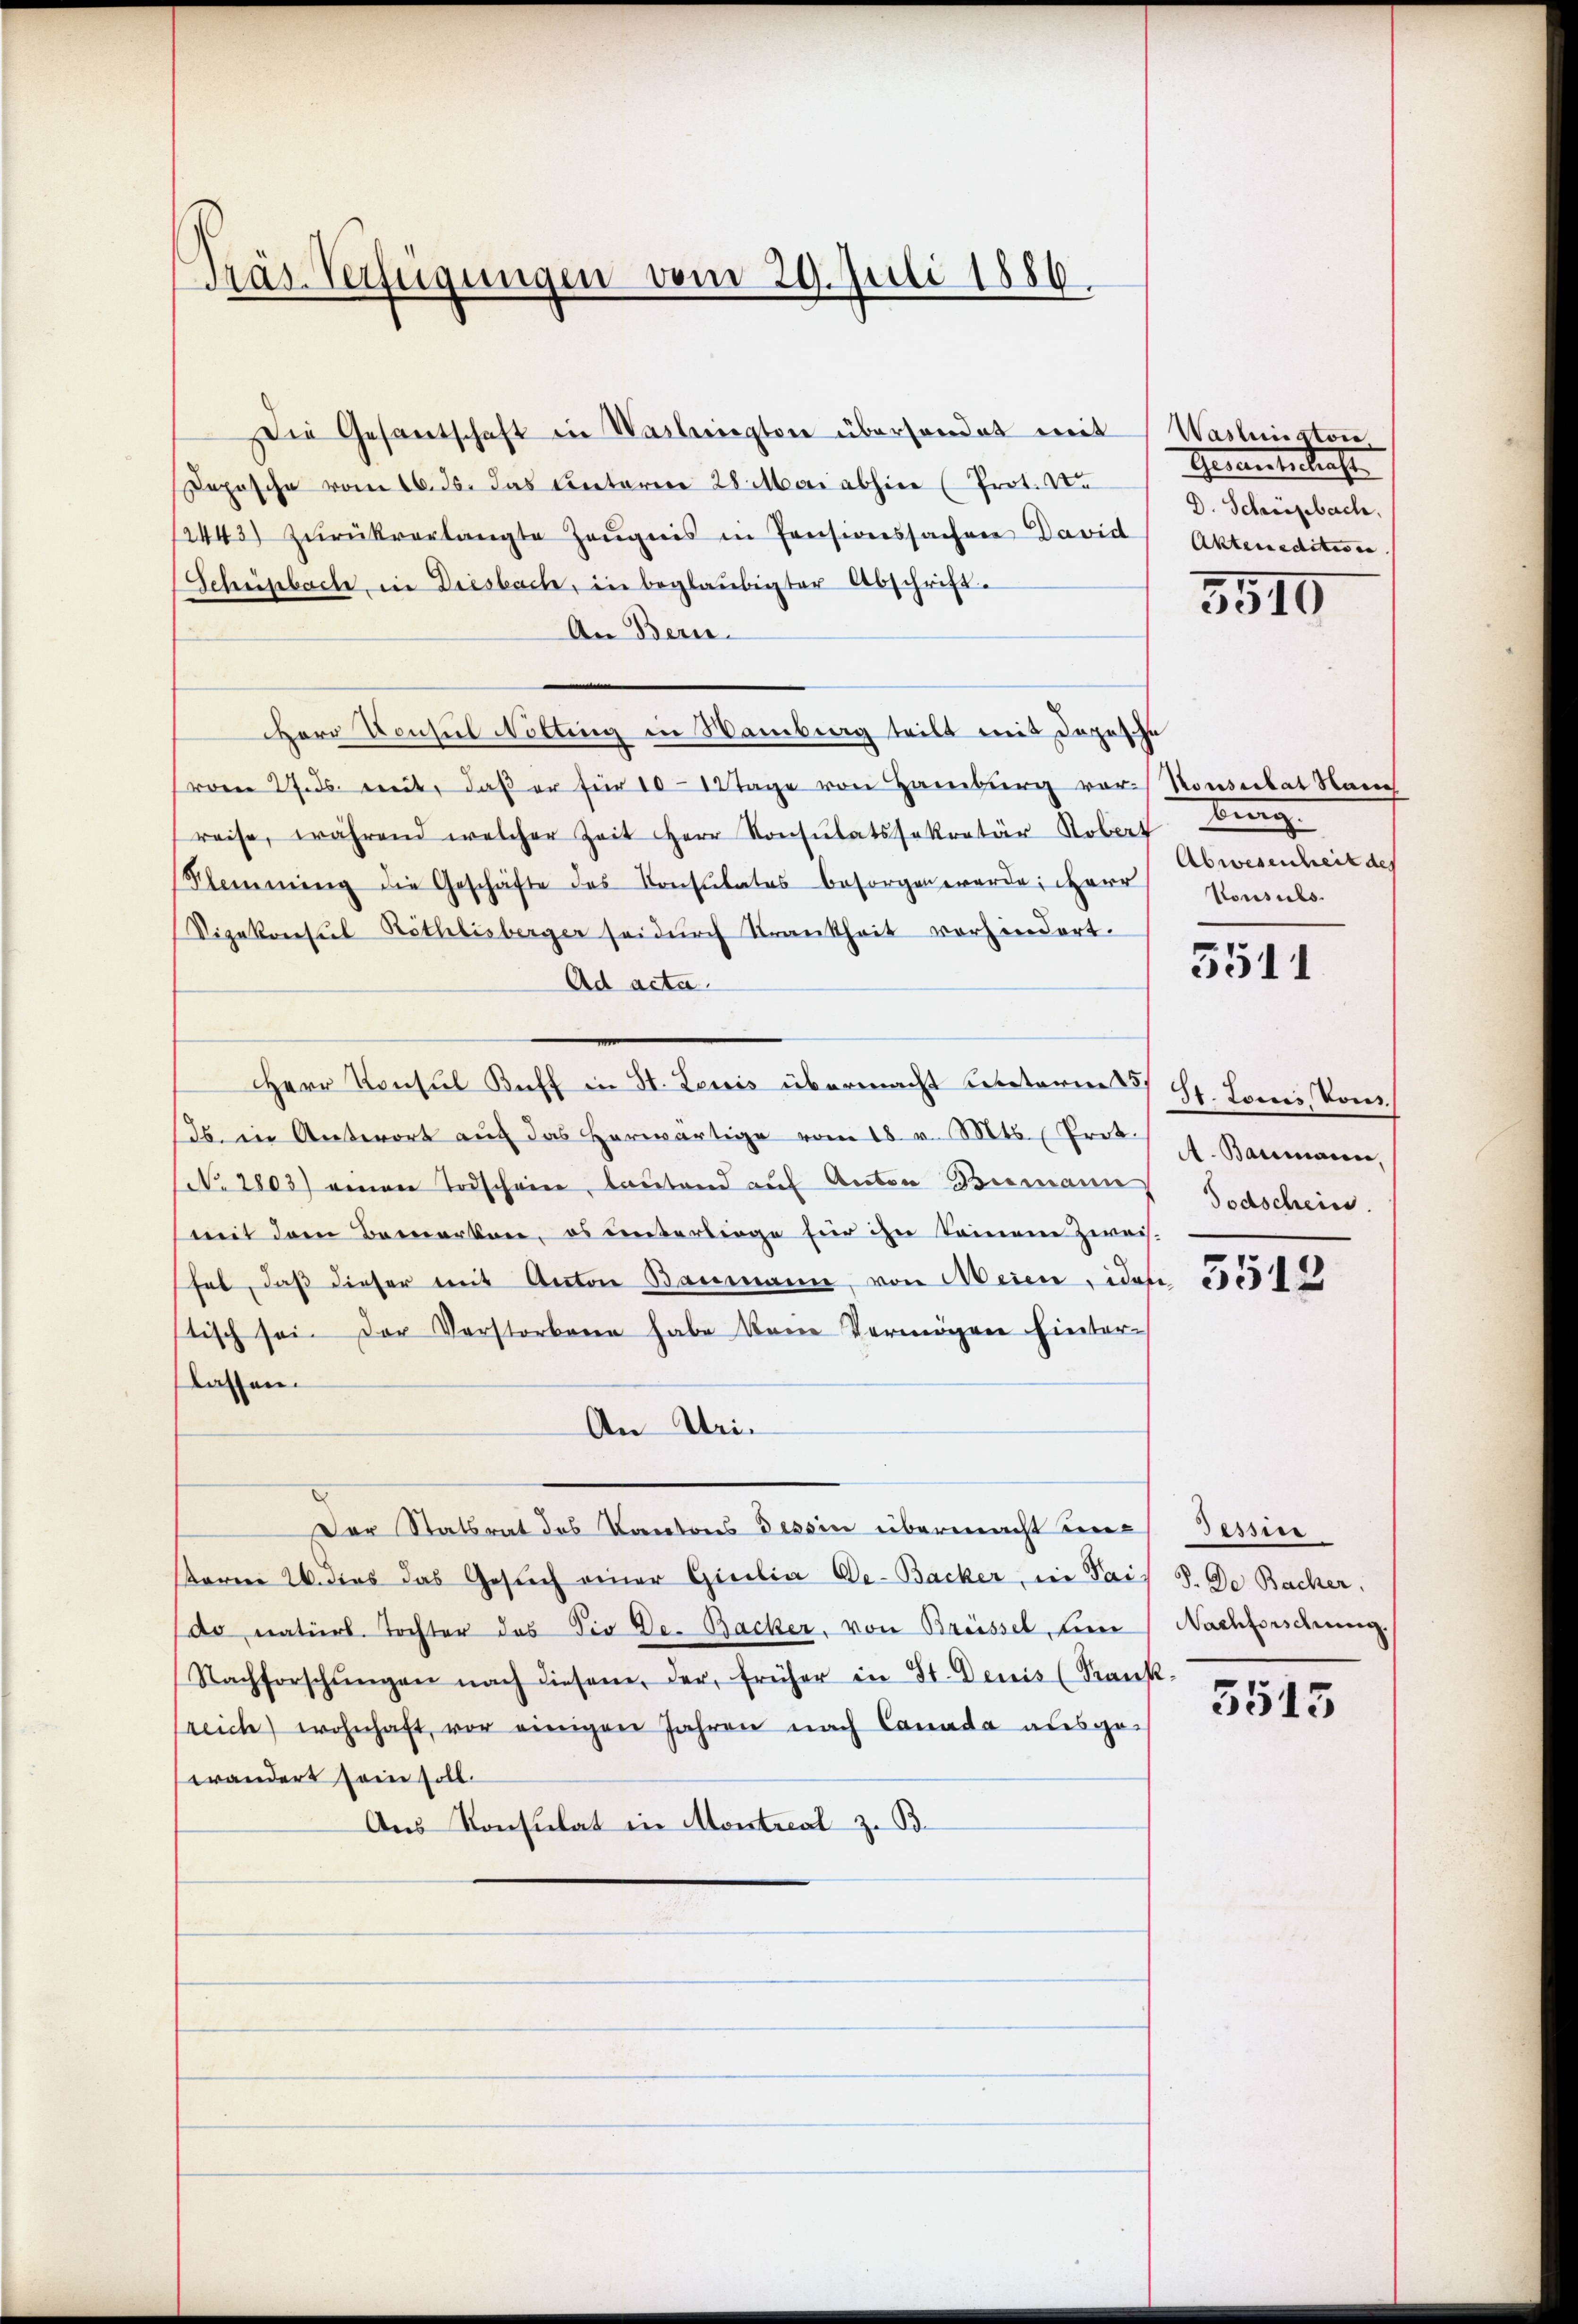
Träs-Verfügungen vom 20. Juli 1886

Herr Konsul Nötting in Wamberg teilt mit Depesche
(vom 27. ds. mit, daß er für 10 Tage von Hamburg vor-Konserbat auch
reise, während welcher Zeit Herr Konsulatssekretär Stobers berg.
Stammung die Geschäfte des Konsulates besorgen werde; Herr
Vizekonsul Röthlisberger sei dŭrch Krankheit vorhindert.
Ad acta.
Herr Konsul Keff in St. Louis übermacht unterm 3 St. Lonei, komds. in Antwort aŭf das herwärtige vom 18. v. Mts. Prof. Baumann,
N. 2803) einen Todschein, lautend auf Anton Bismann
mit dem Bemerken, es unterliege für ihn keinem Zweis.
hat, daβ dieser mit Anton Baumann, von Meien ides 305514
tisch sei. Der Verstorben habe dene Vermögen hinter-
lassen.
An Uri¬
Der Statsrat des Kantons Tessin übermacht unsarme W. dies das Gesuch einer Gicilia De-Backer, in Pais 3. De Bacher,
do natierl. Tochter das die De- Backer, von Brüssel, den Nachforschung.
Nachforschŭngen nach diesem der früher in St. Denis (Kank-
sreich wohnhaft, vor einigen Jahren nach Canada ausge-
wändert sein soll.
Aus Konsulat in Montreal z. B.

Die Gesantschaft in Waslington überhandet mit Waslinaton
Deposche vom 16. ds. das Unterm 28. Mai abhin (Prot. Vo
12443) zŭrückverlangte Zeŭgnis in Pensionssachen David
Schüpbache, in Diesbach, in beglaubigter Abschrift¬
An Bern.

Gernenkraft
D. Schüepbach.
Akten editione

3510

Abwesenheit des
Konsuls.

.
3511

Todschein.

Tessin

3515